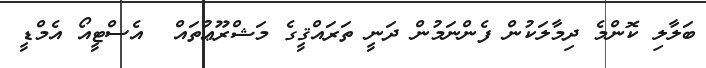
ބަލާލި ކޮންމެ ދިމާލަކުން ފެންނަމުން ދަނީ ތަރައްޤީގެ މަޝްރޫޢުތައް  އެސްޓީއޯ އެމްޑީ